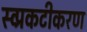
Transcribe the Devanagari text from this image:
स्व्प्रकटीकरण